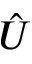
\hat { U }